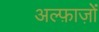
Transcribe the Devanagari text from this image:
अल्फ़ाज़ों